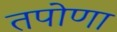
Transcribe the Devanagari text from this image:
तपोणा